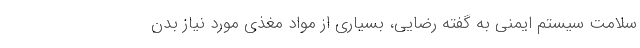
سلامت سیستم ایمنی به گفته رضایی، بسیاری از مواد مغذی مورد نیاز بدن